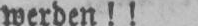
werden!!